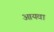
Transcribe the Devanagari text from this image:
आयवा